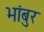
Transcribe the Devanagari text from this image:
भांबुर